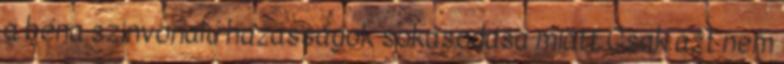
a béna szinvonalú házasságok sokasodása miatt Csak azt nem